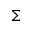
\Sigma